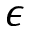
\epsilon